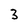
Character: 3